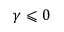
\gamma \leqslant 0